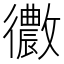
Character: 𢖢